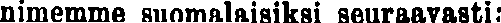
nimemme suomalaisiksi seuraavasti: